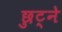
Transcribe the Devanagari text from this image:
छुट्ने